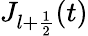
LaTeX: J_{l+\frac{1}{2}}(t)